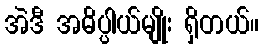
အဲဒီ အဓိပ္ပါယ်မျိုး ရှိတယ်။